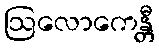
ဩလောကေန္တီ